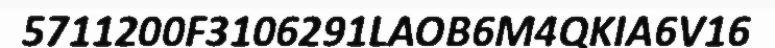
5711200F3106291LAOB6M4QKIA6V16